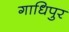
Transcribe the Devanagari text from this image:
गाधिपुर